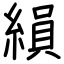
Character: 縜